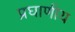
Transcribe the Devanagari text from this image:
प्रघाणीय